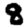
Digit: 8